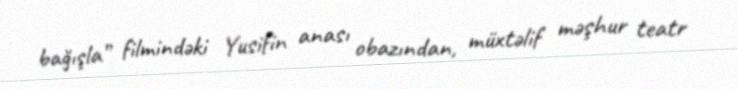
bağışla” filmindəki Yusifin anası obazından, müxtəlif məşhur teatr